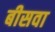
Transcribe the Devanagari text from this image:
बीसवा